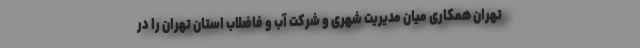
تهران همکاری میان مدیریت شهری و شرکت آب و فاضلاب استان تهران را در